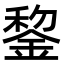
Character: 錅